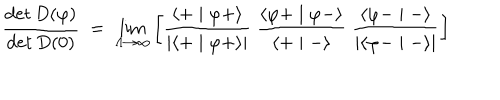
LaTeX: \frac { \det D ( \varphi ) } { \det D ( 0 ) } \; = \; \lim _ { \Lambda \to \infty } \left[ \frac { \langle + \mid \varphi + \rangle } { \mid \langle + \mid \varphi + \rangle \mid } \; \frac { \langle \varphi + \mid \varphi - \rangle } { \langle + \mid - \rangle } \; \frac { \langle \varphi - \mid - \rangle } { \mid \langle \varphi - \mid - \rangle \mid } \right]